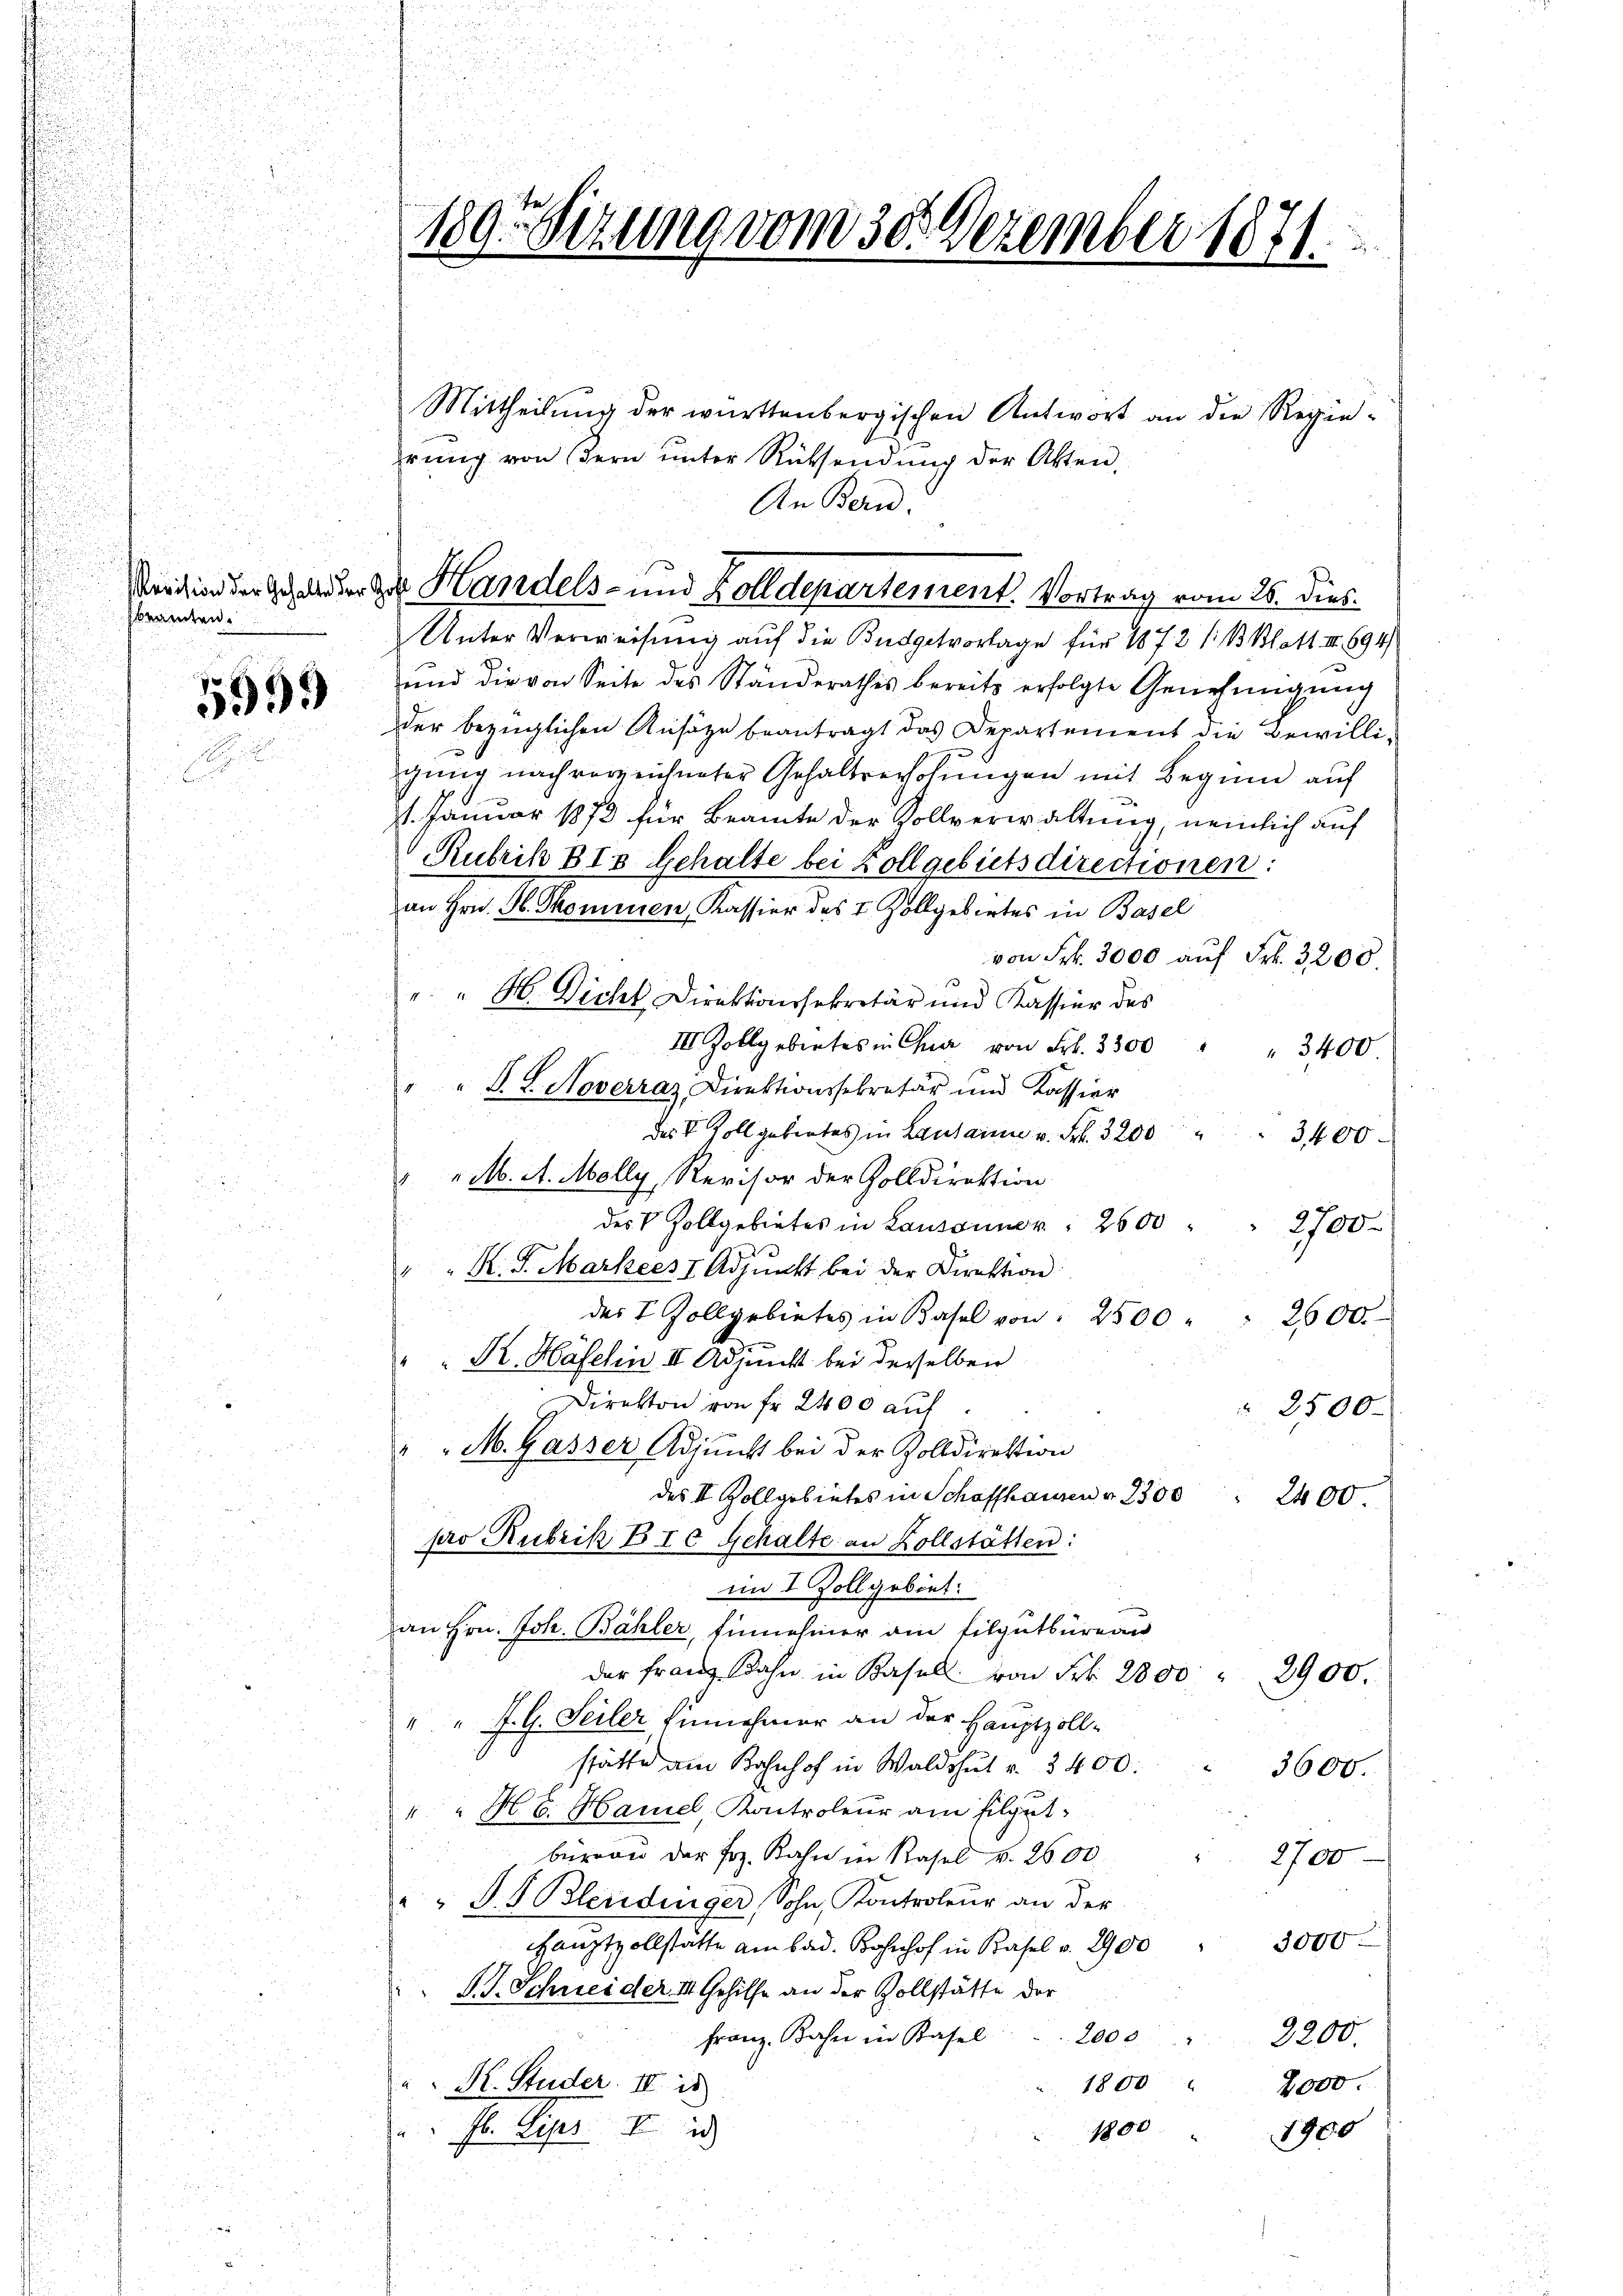
sbeamten.

599.

189. Sizung vom 30. Dezember 1871.
.

Sention der Schweder zu Handels- und Zolldepartement. Vortrag vom 26. Dieb¬

Mittheilung der württenbergischen Antwort an die Regierŭng von dern ŭnter Rücksendŭng der Akten,
An Bern.
Unter Verweisung auf die Budgetvorlage für 1872 /:B Blatt II 694/
und die von Seite des Standerathes bereits erfolgte Genehmigung
der bezüglichen Ansäze beantragt das Departement die Bewilligung nach vorzeichneter Gehaltverholungen mit Beginn auf
11. Januar 1872 für Beamte der Vollverwaltung, nemlich auf
Rubrik BIs Gehalte bei Vollgebietsdirectionen:
an Hrn. S. Skommen, Kassier des I. Zollgebirtes in Basel
von Frk. 3000 auf Frk. 3200.
""H Dicht Direktionssekretär und Kassier des
III. Zollgebietes in Chur von Fr. 3300 " " 3400.
" F. L. Noverraz, Direktionssekretär und Kassier
des Voll gebietes in Lausanne u. Frk. 3200 " " 3400
" " M. A. Molly, Revisor der Zolldirektion.
des Vollgebietes in Lausanner 2600 " " 2700
" " K. G. Markers I. Adjunkt bei der Direktion
des I. Zollgebietes in Basel von " 2500 " " 2500.
" " K. Häfelin II. Adjunkt bei derselben
Direkton von fr 2400 auf
 2500.
" " M. Gasser Adjunkt bei der Zolldirektion
des II Zollgebietes in Schaffhausen v. 2300 " 2400.
pro Rubrik B 10 Gehalte an Kollstätten:
im I. Zollgebiet:
an Hrn. Joh. Bähler, Einnehmer am Tilgutbüreau
der Franz Bahn in Basel von Frk. 2800 " 2900.
" " J. G. Seiler Einnehmer an der Hauptzollstätte am Bahnhof in Waldshut u. 3400.
3600.
" " H v. Haniel, Kontroleur am filgut
baŭ der frz. Kahn in Rasel v. 2600 " " 2700
" " S.S. Blendinger, Sohn, Kontroleur an der
3000
Hanztvollstätte am bad. Bahnhof in Basel v. 2900
S. J. Schneider II Gehilfe an der Vollstätte der
Franz, Bahn in Basel  ... 2000
2200.
1800
K. Studer. IV is
2000.
1800
Fl. Lips II
1900